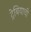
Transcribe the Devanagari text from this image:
ट्रेबियाची